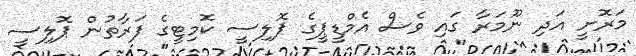
މަރޮށީ އަދި ނޫމަރާ ގައި ވެސް އެމްޑީޕީގެ ޕޮލިސީ ކޮމިޓީގެ ފަރާތުން ޕޮލިސީ